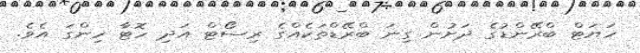
ހަޔަޓް ބްރޭންޑުގެ ދަށުން ގިނަ ބްރޭޑްތަކެއްގެ ރިސޯޓް އަދި ހޮޓާ ހިންގަ އެވެ.